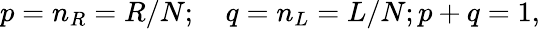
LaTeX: p=n_{R}=R/N;\quad q=n_{L}=L/N;p+q=1,